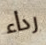
رداء